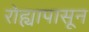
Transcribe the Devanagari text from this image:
रोह्यापासून